Reports on military cantonments and civil stations in the Presidency of Bombay inspected by the Sanitary Commissioner in the years 1875 and 1876
Year: 1875
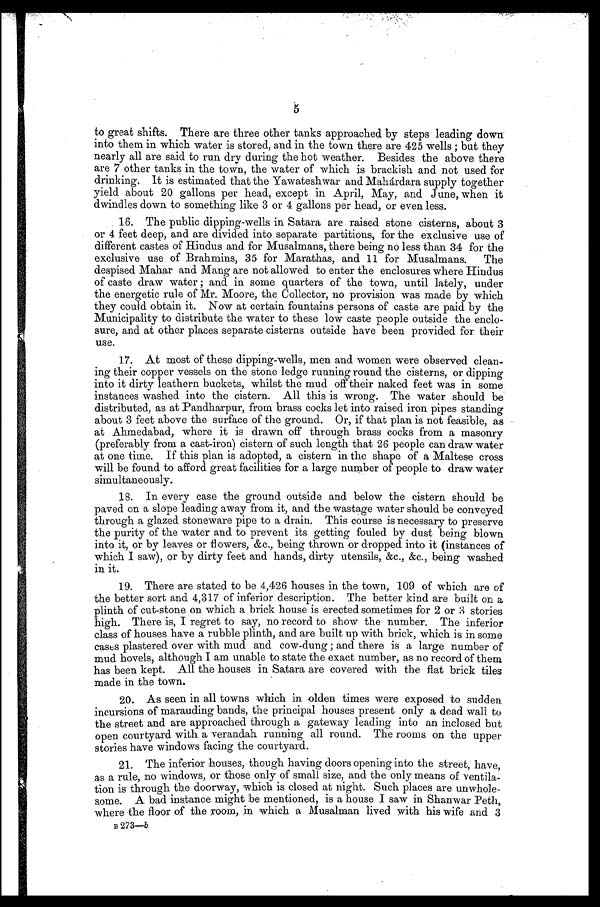
to great shifts. There are three other tanks approached by steps leading down
into them in which water is stored, and in the town there are 425 wells; but they
nearly all are said to run dry during the hot weather. Besides the above there
are 7 other tanks in the town, the water of which is brackish and not used for
drinking. It is estimated that the Yawateshwar and Mahárdara supply together
yield about 20 gallons per head, except in April, May, and June, when it
dwindles down to something like 3 or 4 gallons per head, or even less.
16. The public dipping-wells in Satara are raised stone cisterns, about 3
or 4 feet deep, and are divided into separate partitions, for the exclusive use of
different castes of Hindus and for Musalmans, there being no less than 34 for the
exclusive use of Brahmins, 35 for Marathas, and 11 for Musalmans. The
despised Mahar and Mang are not allowed to enter the enclosures where Hindus
of caste draw water; and in some quarters of the town, until lately, under
the energetic rule of Mr. Moore, the Collector, no provision was made by which
they could obtain it. Now at certain fountains persons of caste are paid by the
Municipality to distribute the water to these low caste people outside the enclo-
sure, and at other places separate cisterns outside have been provided for their
use.
17. At most of these dipping-wells, men and women were observed clean-
ing their copper vessels on the stone ledge running round the cisterns, or dipping
into it dirty leathern buckets, whilst the mud off their naked feet was in some
instances washed into the cistern. All this is wrong. The water should be
distributed, as at Pandharpur, from brass cocks let into raised iron pipes standing
about 3 feet above the surface of the ground. Or, if that plan is not feasible, as
at Ahmedabad, where it is drawn off through brass cocks from a masonry
(preferably from a cast-iron) cistern of such length that 26 people can draw water
at one time. If this plan is adopted, a cistern in the shape of a Maltese cross
will be found to afford great facilities for a large number of people to draw water
simultaneously.
18. In every case the ground outside and below the cistern should be
paved on a slope leading away from it, and the wastage water should be conveyed
through a glazed stoneware pipe to a drain. This course is necessary to preserve
the purity of the water and to prevent its getting fouled by dust being blown
into it, or by leaves or flowers, &c., being thrown or dropped into it (instances of
which I saw), or by dirty feet and hands, dirty utensils, &c., &c., being washed
in it.
19. There are stated to be 4,426 houses in the town, 109 of which are of
the better sort and 4,317 of inferior description. The better kind are built on a
plinth of cut-stone on which a brick house is erected sometimes for 2 or 3 stories
high. There is, I regret to say, no record to show the number. The inferior
class of houses have a rubble plinth, and are built up with brick, which is in some
casts plastered over with mud and cow-dung; and there is a large number of
mud hovels, although I am unable to state the exact number, as no record of them
has been kept. All the houses in Satara are covered with the flat brick tiles
made in the town.
20. As seen in all towns which in olden times were exposed to sudden
incursions of marauding bands, the principal houses present only a dead wall to
the street and are approached through a gateway leading into an inclosed but
open courtyard with a verandah running all round. The rooms on the upper
stories have windows facing the courtyard.
21. The inferior houses, though having doors opening into the street, have,
as a rule, no windows, or those only of small size, and the only means of ventila-
tion is through the doorway, which is closed at night. Such places are unwhole-
some. A bad instance might be mentioned, is a house I saw in Shanwar Peth,
where the floor of the room, in which a Musalman lived with his wife and 3
B 273—b